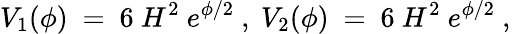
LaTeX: V_{1}(\phi)~=~6~H^{2}~e^{\phi/2}~,~V_{2}(\phi)~=~6~H^{2}~e^{\phi/2}~,~\,